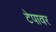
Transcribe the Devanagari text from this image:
टेपावर